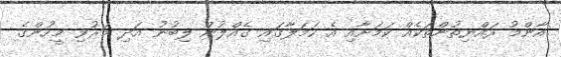
އާންމު ރައްޔިތުންތަކެއް ކަމަށާއި އެ ހަމަލާގައި ގެއްލުން ލިބުނު އަދި މަރުވި މީހުންގެ